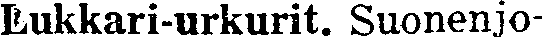
Lukkari-urkurit. Suonenjo-